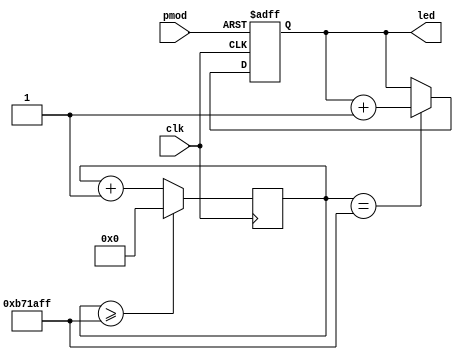
module clock(
  input       clk,
  input       pmod,
  output  reg [3:0] led
);

  wire rst;
  wire clk;

  // reset is the inverse of the first button
  assign rst = ~pmod[0];

  // counter for the clock
  reg [31:0] cnt = 32'b0;
  parameter DIVISOR = 32'd12000000 - 1;

  // count up on clock rising edge or reset on button push
  always @ (posedge clk or posedge rst) begin
    if (rst == 1'b1) begin
      led <= 4'b0000;
    end else begin
      if (cnt == DIVISOR) begin
        led <= led + 1'b1;
      end
    end
  end

  // counting the clock cycles
  always @ (posedge clk) begin
    if (cnt >= DIVISOR) begin
      cnt <= 32'b0;
    end else begin
      cnt <= cnt + 1'b1;
    end
  end

endmodule